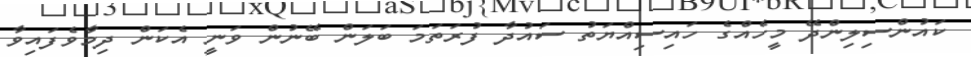
ކައުންސިލިންދޭ މީހެއްގެ ހައިސިއްޔަތު ސައުދާ ފުރަތަމަ ބަލަން ބޭނުން ވަނީ އެކަން ދިމާވެފައިވާ